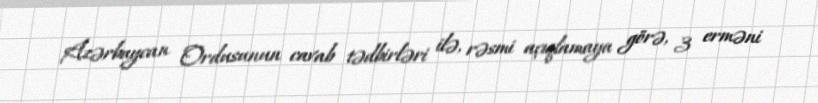
Azərbaycan Ordusunun cavab tədbirləri ilə, rəsmi açıqlamaya görə, 3 erməni